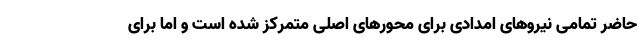
حاضر تمامی نیروهای امدادی برای محورهای اصلی متمرکز شده است و اما برای